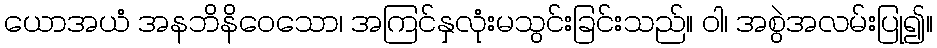
ယောအယံ အနဘိနိဝေသော၊ အကြင်နှလုံးမသွင်းခြင်းသည်။ ဝါ၊ အစွဲအလမ်းပြု၍။